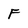
Character: F